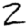
Digit: 2